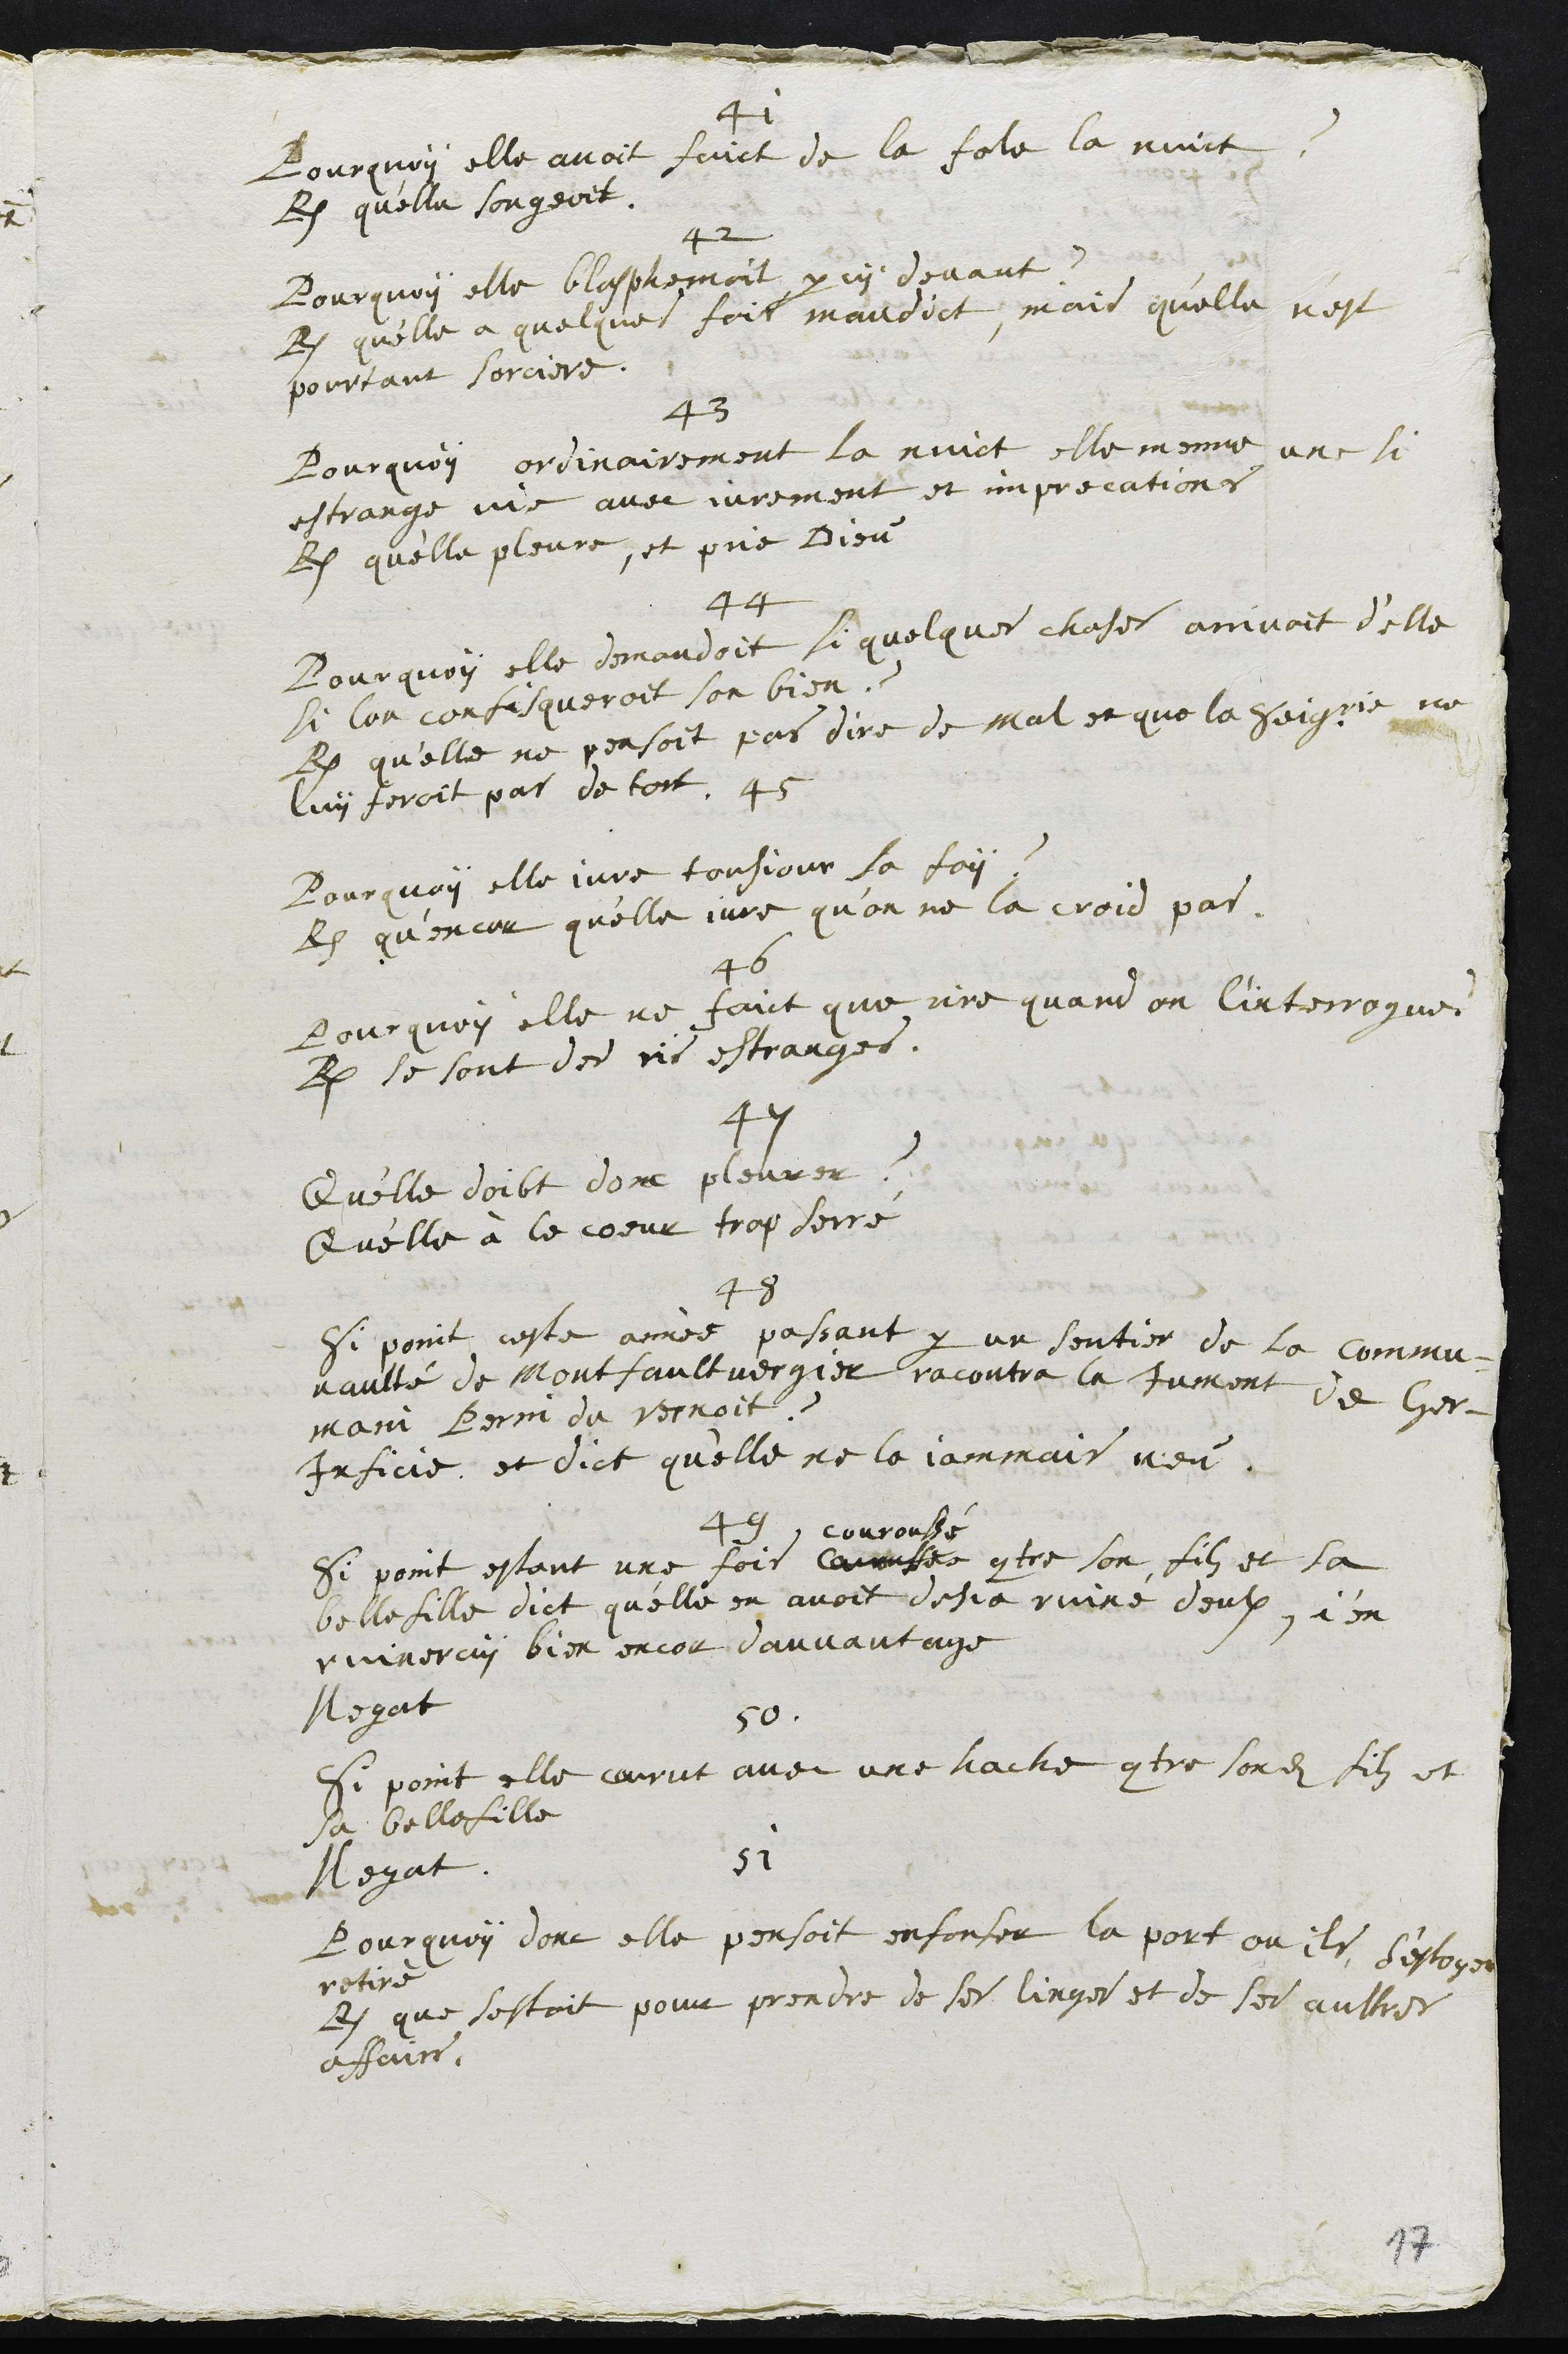
41
Pourquoy elle avoit faict de la fole la nuict ?
R. qu'elle songeoit
42
Pourquoy elle blasphemoit par cy devant ?
R. qu'elle a quelques fois maudict, mais qu'elle n'est
pourtant sorciere.
43
Pourquoy ordinairement la nuict elle menne une si
estrange vie avec jurement et imprecations
R. qu'elle pleure, et prie Dieu
44
Pourquoy elle demandoit si quelques choses arrivoit d'elle
si lon confisqueroit son bien ?
R. qu'elle ne pensoit pas dire de mal et que la Seigrie ne
luy feroit par de tort
45
Pourquoy elle jure tousjour la foy ?
R. quencor qu'elle jure qu’on ne la croid pas.
46
Pourquoy elle ne faict que rire quand on l'interrogue ?
R. se sont des ris estranges.
47
Qu'elle doibt donc pleurer ?
Qu'elle à le coeur trop serré
48
Si point ceste année passant par un sentier de la commu¬
naulté de Montfaultvergier racontra la jument de Ger¬
main Perin du vernoit ?
Inficie et dict qu'elle ne la jammais veu
49
Si point estant une fois
couroussé
contre son filz et sa
belle fille dict qu'elle en avoit desja ruiné deulx, j'en
ruinneray bien encor davantage
Negat.
50.
Si point elle courut avec une hache contre sondit filz et
sa belle fille
Negat.
51
Pourquoy donc elle pensoit enfonser la port ou ils s’estoynt
retiré
R. que sestoit pour prendre de ses linges et de ses aultres
affairs.
17